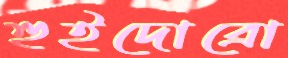
হুইদোব্রো